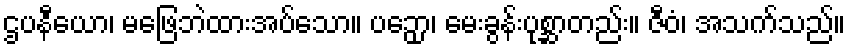
ဌပနီယော၊ မဖြေဘဲထားအပ်သော။ ပဉှော၊ မေးခွန်းပုစ္ဆာတည်း။ ဇီဝံ၊ အသက်သည်။